Civil Veterinary Department Bihar & Orissa reports 1929-36 - 1929-1936
Year: 1929
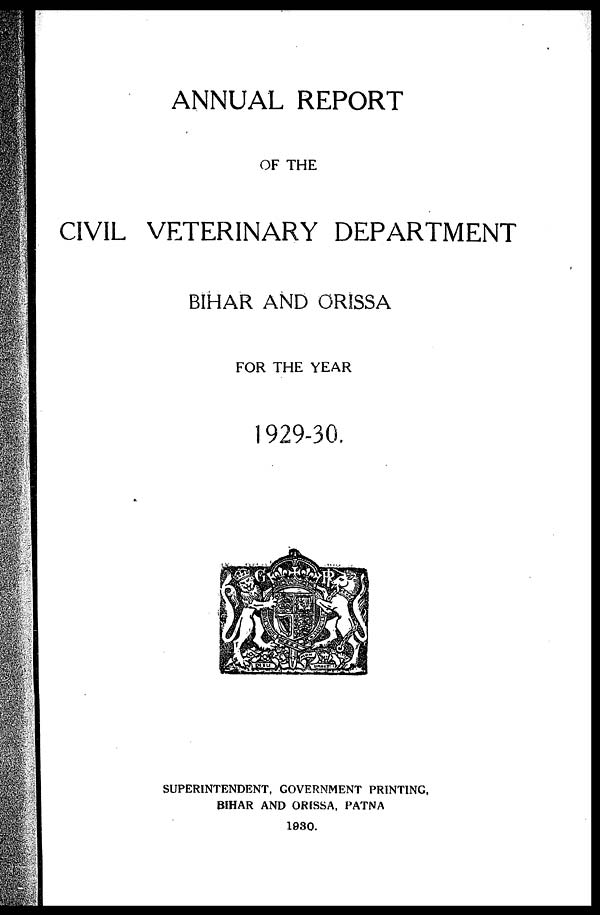
ANNUAL REPORT
OF THE
CIVIL VETERINARY DEPARTMENT
BIHAR AND ORISSA
FOR THE YEAR
1929-30
SUPERINTENDENT, GOVERNMENT PRINTING,
BIHAR AND ORISSA, PATNA
1030.